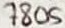
Text: 7805